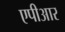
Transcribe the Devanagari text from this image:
एपीआर